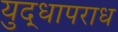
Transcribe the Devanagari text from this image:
युद्धापराध